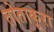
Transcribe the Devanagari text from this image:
तोताकूरा